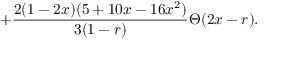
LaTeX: + \frac { 2 ( 1 - 2 x ) ( 5 + 1 0 x - 1 6 x ^ { 2 } ) } { 3 ( 1 - r ) } \Theta ( 2 x - r ) .